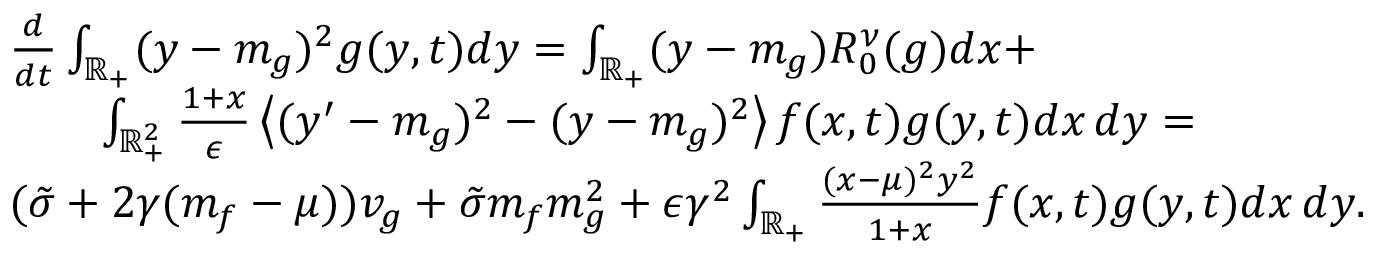
\begin{array} { r l } & { \frac { d } { d t } \int _ { \mathbb R _ { + } } ( y - m _ { g } ) ^ { 2 } g ( y , t ) d y = \int _ { \mathbb R _ { + } } ( y - m _ { g } ) R _ { 0 } ^ { \nu } ( g ) d x + } \\ & { \qquad \int _ { \mathbb R _ { + } ^ { 2 } } \frac { 1 + x } { \epsilon } \left\langle ( y ^ { \prime } - m _ { g } ) ^ { 2 } - ( y - m _ { g } ) ^ { 2 } \right\rangle f ( x , t ) g ( y , t ) d x \, d y = } \\ & { ( \tilde { \sigma } + 2 \gamma ( m _ { f } - \mu ) ) v _ { g } + \tilde { \sigma } m _ { f } m _ { g } ^ { 2 } + \epsilon \gamma ^ { 2 } \int _ { \mathbb R _ { + } } \frac { ( x - \mu ) ^ { 2 } y ^ { 2 } } { 1 + x } f ( x , t ) g ( y , t ) d x \, d y . } \end{array}